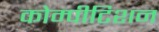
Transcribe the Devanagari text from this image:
कोम्पीटिशन